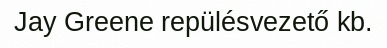
Jay Greene repülésvezető kb.